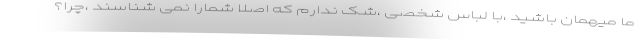
ما میهمان باشید ،با لباس شخصی ،شک ندارم که اصلا شمارا نمی شناسند ،چرا؟